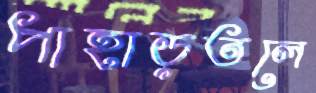
পাহাড়তলে